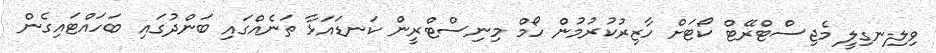
ވިލިނގިލީ މެޖިސްޓްރޭޓް ކޯޓަށް ހާޒިރުކުރުމުން ހޯމް މިނިސްޓްރީން ކަނޑައަޅާ ތަނެއްގައި ބަންދުގައި ބަހައްޓައިގެން